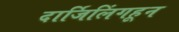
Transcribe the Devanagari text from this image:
दार्जिलिंगहून